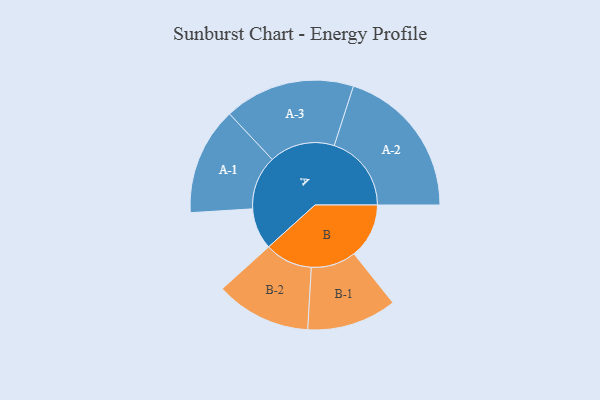
{"axis": {"x": "Segment", "y": "Value"}, "legend": ["", "A", "B"], "data": [{"x": "A", "y": 147, "type": ""}, {"x": "B", "y": 196, "type": ""}, {"x": "A-1", "y": 192, "type": "A"}, {"x": "A-2", "y": 275, "type": "A"}, {"x": "A-3", "y": 233, "type": "A"}, {"x": "B-1", "y": 160, "type": "B"}, {"x": "B-2", "y": 170, "type": "B"}]}